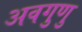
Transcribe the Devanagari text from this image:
अवगुणु